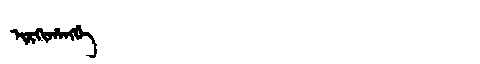
Manchu: ᡳᡵᡴᡳᡥᠠᠩᡤᡝ
Romanization: IRKIHANGGE